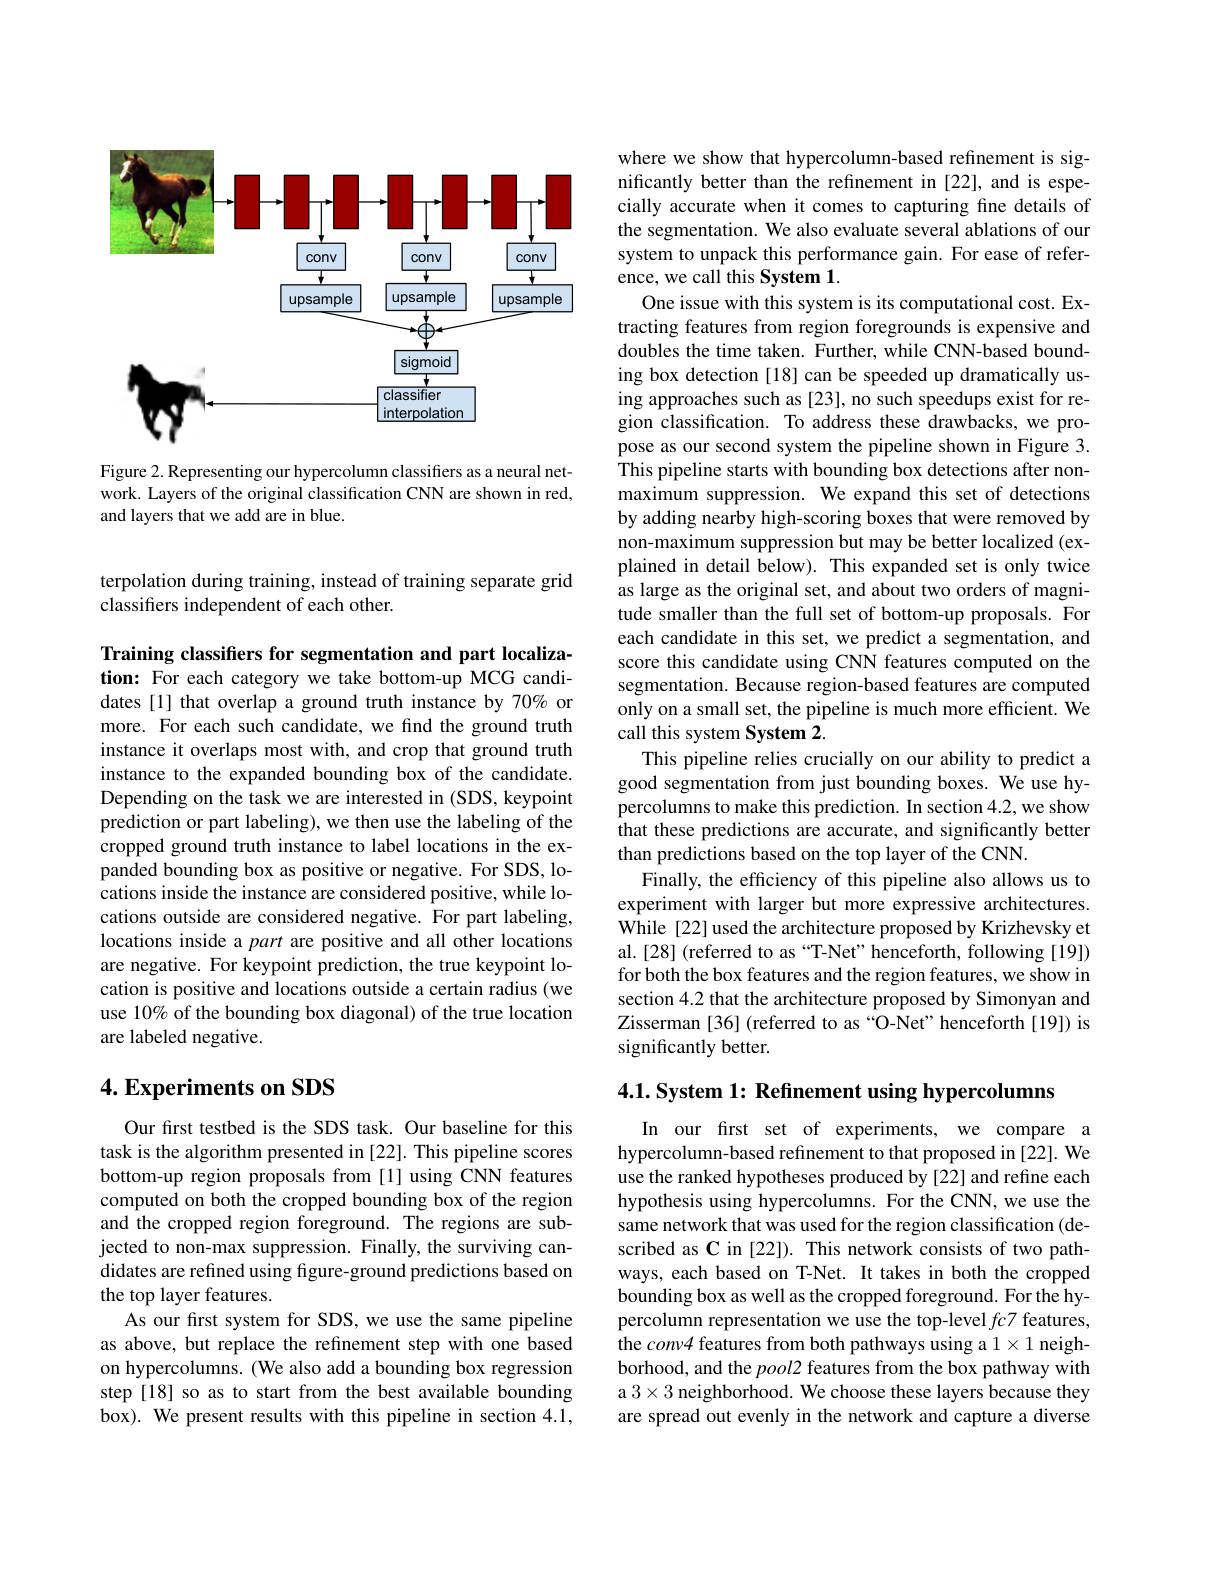
<FigureHere>

Figure 2. Representing our hypercolumn classifiers as a neural network. Layers of the original classification CNN are shown in red, and layers that we add are in blue.

terpolation during training, instead of training separate grid
classifiers independent of each other.

Training classifiers for segmentation and part localization: For each category we take bottom-up MCG candidates [1] that overlap a ground truth instance by 70% or more. For each such candidate, we find the ground truth instance it overlaps most with, and crop that ground truth instance to the expanded bounding box of the candidate. Depending on the task we are interested in (SDS, keypoint prediction or part labeling), we then use the labeling of the cropped ground truth instance to label locations in the expanded bounding box as positive or negative. For SDS, locations inside the instance are considered positive, while locations outside are considered negative. For part labeling, locations inside a part are positive and all other locations are negative. For keypoint prediction, the true keypoint location is positive and locations outside a certain radius (we use 10% of the bounding box diagonal) of the true location are labeled negative.

## 4. Experiments on SDS

Our first testbed is the SDS task. Our baseline for this task is the algorithm presented in [22]. This pipeline scores bottom-up region proposals from [1] using CNN features computed on both the cropped bounding box of the region and the cropped region foreground. The regions are subjected to non-max suppression. Finally, the surviving candidates are refined using figure-ground predictions based on the top layer features.
As our first system for SDS, we use the same pipeline as above, but replace the refinement step with one based on hypercolumns. (We also add a bounding box regression step [18] so as to start from the best available bounding box). We present results with this pipeline in section 4.1,

where we show that hypercolumn-based refinement is significantly better than the refinement in [22], and is especially accurate when it comes to capturing fine details of the segmentation. We also evaluate several ablations of our system to unpack this performance gain. For ease of reference, we call this System 1.
One issue with this system is its computational cost. Extracting features from region foregrounds is expensive and doubles the time taken. Further, while CNN-based bounding box detection [18] can be speeded up dramatically using approaches such as [23], no such speedups exist for region classification. To address these drawbacks, we propose as our second system the pipeline shown in Figure 3. This pipeline starts with bounding box detections after nonmaximum suppression. We expand this set of detections by adding nearby high-scoring boxes that were removed by non-maximum suppression but may be better localized (explained in detail below). This expanded set is only twice as large as the original set, and about two orders of magnitude smaller than the full set of bottom-up proposals. For each candidate in this set, we predict a segmentation, and score this candidate using CNN features computed on the segmentation. Because region-based features are computed only on a small set, the pipeline is much more efficient. We call this system System 2.
This pipeline relies crucially on our ability to predict a good segmentation from just bounding boxes. We use hypercolumns to make this prediction. In section 4.2, we show that these predictions are accurate, and significantly better than predictions based on the top layer of the CNN.
Finally, the efficiency of this pipeline also allows us to experiment with larger but more expressive architectures. While [22] used the architecture proposed by Krizhevsky et al.[28](referred to as“T-Net”henceforth, following[19]) for both the box features and the region features, we show in section 4.2 that the architecture proposed by Simonyan and Zisserman [36] (referred to as “O-Net”henceforth[19]) is significantly better.

4.1. System 1: Refinement using hypercolumns

In our first set of experiments, we compare a hypercolumn-based refinement to that proposed in [22]. We use the ranked hypotheses produced by [22] and refine each hypothesis using hypercolumns. For the CNN, we use the same network that was used for the region classification (described as C in [22]). This network consists of two pathways, each based on T-Net. It takes in both the cropped bounding box as well as the cropped foreground. For the hypercolumn representation we use the top-level $fc7$ features, $\hat{\text{the conv4 features from both pathways using a 1}}\times1$ neighborhood, and the $pool2$ features from the box pathway with a $3\times3$ neighborhood. We choose these layers because they are spread out evenly in the network and capture a diverse